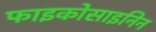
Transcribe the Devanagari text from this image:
फाइकोसाइनिन